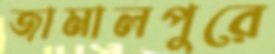
জামালপুরে